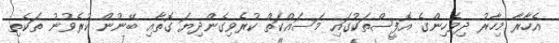
އެހާރާ މިހާރު ދިވެހިންގެ އޮފީސްތަކުގައި މަސައްކަތް ކުރެވިގެންދިޔަ ގޮތާއި ބޭނުން ކުރެވުނު ތަކެތި